Annual report on the health of the army in India
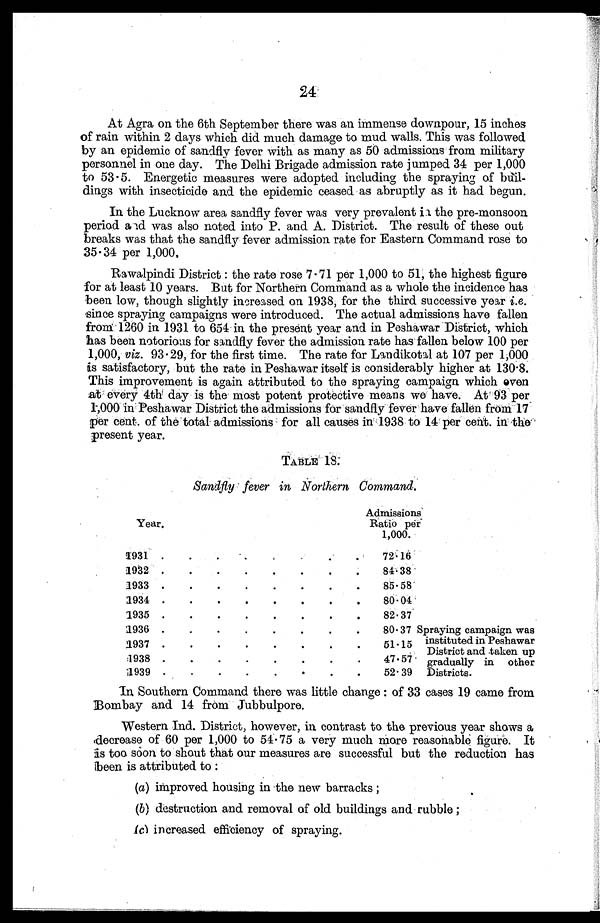
24
At Agra on the 6th September there was an immense downpour, 15 inches
of rain within 2 days which did much damage to mud walls. This was followed
by an epidemic of sandfly fever with as many as 50 admissions from military
personnel in one day. The Delhi Brigade admission rate jumped 34 per 1,000
to 53.5. Energetic measures were adopted including the spraying of buil-
dings with insecticide and the epidemic ceased as abruptly as it had begun.
In the Lucknow area sandfly fever was very prevalent the pre-monsoon
period and was also noted into P. and A. District. The result of these out
breaks was that the sandfly fever admission rate for Eastern Command rose to
35.34 per 1,000.
Rawalpindi District : the rate rose 7.71 per 1,000 to 51, the highest figure
for at least 10 years. But for Northern Command as a whole the incidence has
been low, though slightly increased on 1938, for the third successive year i.e.
since spraying campaigns were introduced. The actual admissions have fallen
from 1260 in 1931 to 654 in the present year and in Peshawar District, which
has been notorious for sandfly fever the admission rate has fallen below 100 per
1,000, viz. 93.29, for the first time. The rate for Landikotal at 107 per 1;000
is satisfactory, but the rate in Peshawar itself is considerably higher at 130.8.
This improvement is again attributed to the spraying campaign which even
at every 4th day is the most potent protective means we have. At 93 per,
1,000 in Peshawar District the admissions for sandfly fever have fallen from 17
per cent. of the total . admissions for all causes in 1938 to 14 per cent. in the
present year.
TABLE 18.
Sandfly fever in Northern Command.
Year.
Admissions
Ratio per
1,000.
1931 .
.
.
.
.
.
.
.
72.16
Spraying campaign was
instituted in Peshawar
District and taken up
gradually in other
Districts.
1 9 3 2 .
.
.
.
.
.
.
.
8 4 . 3 8
1 9 3 3
•
•
•
•
•
.
.
.
85.58
1934 .
.
.
.
.
.
.
.
80.04
1935 .
.
.
.
.
•
.
.
82.37
1936 .
.
.
.
.
.
.
.
80.37
1937 .
.
.
.
.
.
.
.
51.15
:1938 .
.
.
.
.
.
.
.
47.57
1939 .
.
.
.
.
•
.
.
52.39
In Southern Command there was little change : of 33 cases 19 came from
Bombay and 14 from Jubbulpore.
Western Ind. District, however, in contrast to the previous year shows a
decrease of 60 per 1,000 to 54.75 a very much more reasonable figure. It
is too soon to shout that our measures are successful but the reduction has
been is attributed to :
(a) improved housing in the new barracks ;
(b) destruction and removal of old buildings and rubble ;
(c)
increased efficiency of spraying.